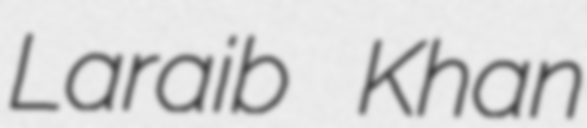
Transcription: Laraib Khan